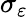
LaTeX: \sigma_{\varepsilon}